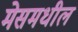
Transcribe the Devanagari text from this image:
मेसमधील